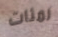
لمئات